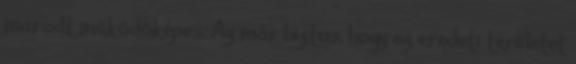
maradt működőképes. Az már biztos, hogy az eredeti területet